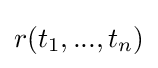
r(t_{1},...,t_{n})